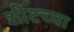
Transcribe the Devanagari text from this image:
शीटच्या